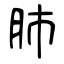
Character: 肺